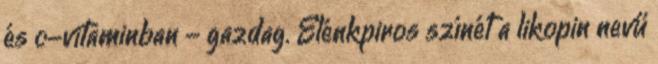
és c-vitaminban - gazdag. Élénkpiros színét a likopin nevű